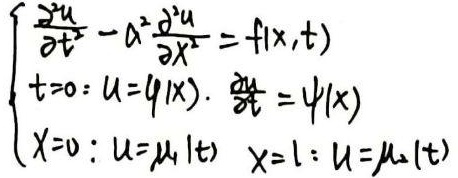
\[
\begin{cases}
\frac{\partial^{2}u}{\partial t^{2}} - a^{2}\frac{\partial^{2}u}{\partial x^{2}} = f(x,t) \\
t = 0: u = \varphi(x), \frac{\partial u}{\partial t} = \psi(x) \\
x = 0: u = \mu_1(t) \quad x = l: u = \mu_2(t)
\end{cases}
\]